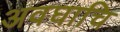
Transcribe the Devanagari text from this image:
अवघाचि